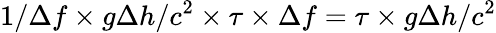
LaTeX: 1/\Delta f\times g\Delta h/c^{2}\times\tau\times\Delta f=\tau\times g\Delta h/c^{2}